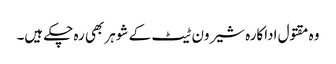
وہ مقتول اداکارہ شیرون ٹیٹ کے شوہر بھی رہ چکے ہیں۔